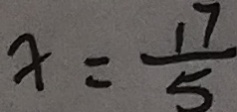
x = \frac { 1 7 } { 5 }